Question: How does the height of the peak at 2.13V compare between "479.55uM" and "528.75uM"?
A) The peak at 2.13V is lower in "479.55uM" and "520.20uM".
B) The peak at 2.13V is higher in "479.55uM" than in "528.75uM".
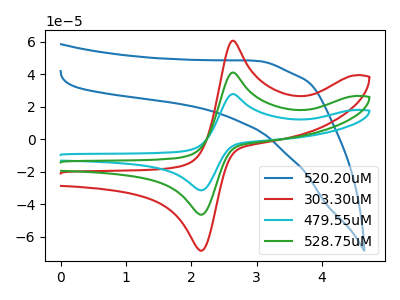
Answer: <think>The blue curve "520.20uM" has no peaks. The red curve "303.30uM" has an anodic peak at (2.65V, 60.70uA) and a cathodic peak at (2.15V, -68.55uA). The cyan curve "479.55uM" has an anodic peak at (2.65V, 82.15uA) and a cathodic peak at (2.15V, -92.85uA). The green curve "528.75uM" has an anodic peak at (2.65V, 41.05uA) and a cathodic peak at (2.15V, -46.40uA).</think>
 <answer>B) The peak at 2.13V is higher in "479.55uM" than in "528.75uM".</answer>
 <eval>B</eval>